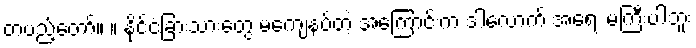
တပည့်တော်။ ။ နိုင်ငံခြားသားတွေ မကျေနပ်တဲ့ အကြောင်းက ဒါလောက် အရေး မကြီးပါဘူး